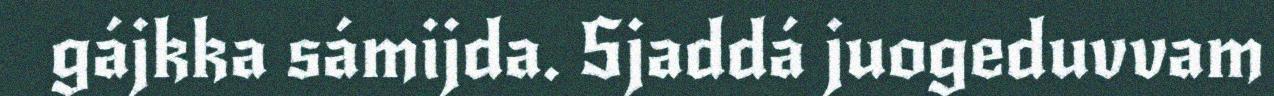
gájkka sámijda. Sjaddá juogeduvvam